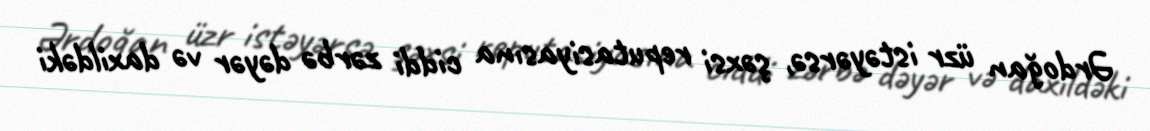
Ərdoğan üzr istəyərsə, şəxsi reputasiyasına ciddi zərbə dəyər və daxildəki